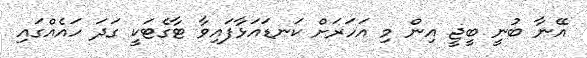
އޭނާ ބުނީ ބީޖީ އިން މި އަހަރަށް ކަނޑައަޅާފައިވާ ޓާގެޓަކީ ގަދަ ހައެއްގައި